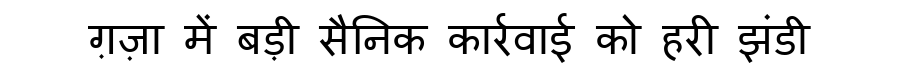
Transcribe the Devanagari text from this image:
ग़ज़ा में बड़ी सैनिक कार्रवाई को हरी झंडी